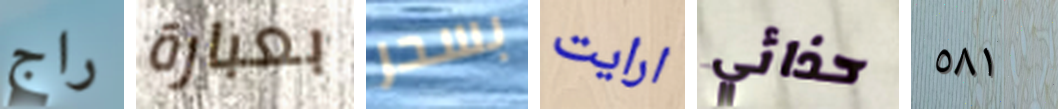
راج بعبارة بسحر ارايت حذائي ٥٨١